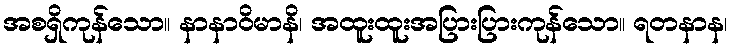
အစရှိကုန်သော။ နာနာဝိမာနိ၊ အထူးထူးအပြားပြားကုန်သော။ ရတနာန၊